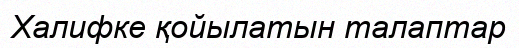
Халифке қойылатын талаптар